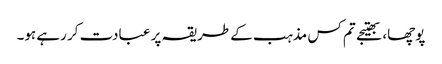
پوچھا، بھتیجے تم کس مذہب کے طریقہ پر عبادت کر رہے ہو۔